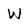
Character: W